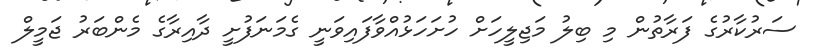
ސަރުކާރުގެ ފަރާތުން މި ބިލު މަޖިލީހަށް ހުށަހަޅުއްވާފައިވަނީ ގެމަނަފުށީ ދާއިރާގެ މެންބަރު ޖަމީލް